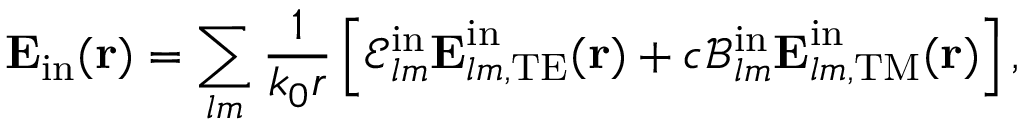
\boldsymbol { \mathbf { E } } _ { \mathrm { i n } } ( \boldsymbol { \mathbf { r } } ) = \sum _ { l m } \frac { 1 } { k _ { 0 } r } \left[ \mathcal { E } _ { l m } ^ { \mathrm { i n } } \boldsymbol { \mathbf { E } } _ { l m , \mathrm { T E } } ^ { \mathrm { i n } } ( \boldsymbol { \mathbf { r } } ) + c \mathcal { B } _ { l m } ^ { \mathrm { i n } } \boldsymbol { \mathbf { E } } _ { l m , \mathrm { T M } } ^ { \mathrm { i n } } ( \boldsymbol { \mathbf { r } } ) \right] ,